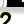
Digit: 2